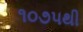
૧૦૭૫થી